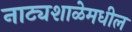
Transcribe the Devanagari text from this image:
नाट्यशाळेमधील